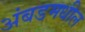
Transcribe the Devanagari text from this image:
अंबडमधील